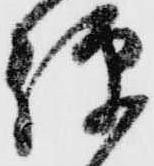
彈